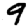
Digit: 9